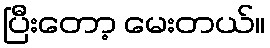
ပြီးတော့ မေးတယ်။